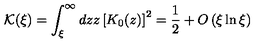
{ \mathcal K } ( \xi ) = \int _ { \xi } ^ { \infty } d z z \left[ K _ { 0 } ( z ) \right] ^ { 2 } = \frac { 1 } { 2 } + O \left( \xi \ln \xi \right)